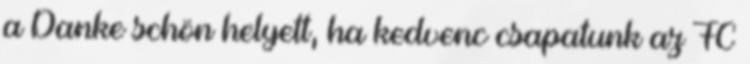
a Danke schön helyett, ha kedvenc csapatunk az FC